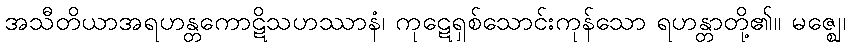
အသီတိယာအရဟန္တကောဋိသဟဿာနံ၊ ကုဋေရှစ်သောင်းကုန်သော ရဟန္တာတို့၏။ မဇ္ဈေ၊